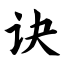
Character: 诀